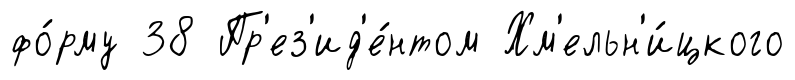
фо́рму 38 Пр'ез'ид'е́нтом Хм'ельн'и́цкого